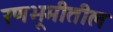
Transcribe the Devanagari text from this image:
रणभूमीतील